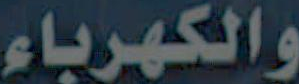
والكهرباء